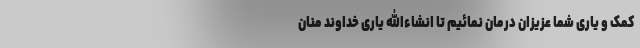
کمک و یاری شما عزیزان درمان نمائیم تا انشاءالله یاری خداوند منان